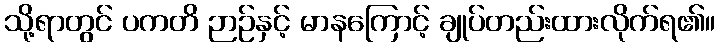
သို့ရာတွင် ပကတိ ဉာဉ်နှင့် မာနကြောင့် ချုပ်တည်းထားလိုက်ရ၏။